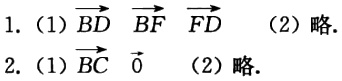
1. (1)$\overrightarrow{BD}\ \overrightarrow{BF}\ \overrightarrow{FD}$ (2)略.

2. (1)$\overrightarrow{BC}\ \vec{0}$ (2)略.